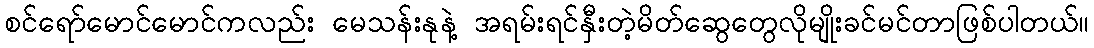
စင်ရော်မောင်မောင်ကလည်း မေသန်းနုနဲ့ အရမ်းရင်နှီးတဲ့မိတ်ဆွေတွေလိုမျိုးခင်မင်တာဖြစ်ပါတယ်။